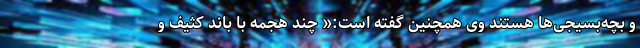
و بچه‌بسیجی‌ها هستند وی همچنین گفته است:« چند هجمه با باند کثیف و